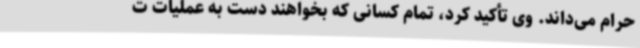
حرام می‌داند. وی تأکید کرد، تمام کسانی که بخواهند دست به عملیات ت